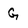
Character: G